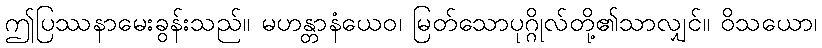
ဤပြဿနာမေးခွန်းသည်။ မဟန္တာနံယေဝ၊ မြတ်သောပုဂ္ဂိုလ်တို့၏သာလျှင်။ ဝိသယော၊